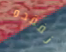
نفقده